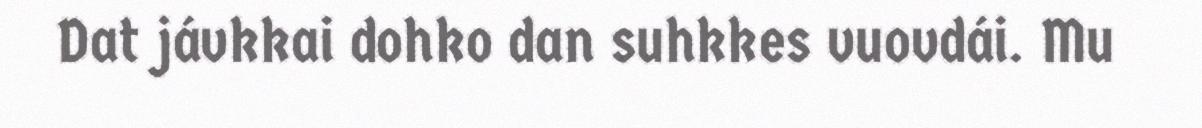
Dat jávkkai dohko dan suhkkes vuovdái. Mu